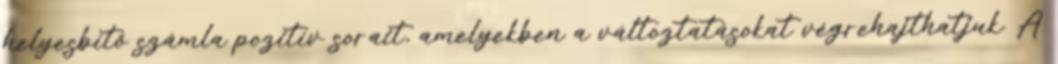
helyesbítő számla pozitív sorait, amelyekben a változtatásokat végrehajthatjuk. A